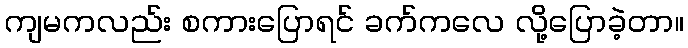
ကျမကလည်း စကားပြောရင် ခက်ကလေ လို့ပြောခဲ့တာ။